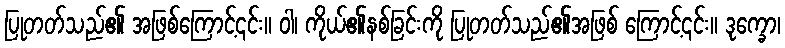
ပြုတတ်သည်၏ အဖြစ်ကြောင့်၎င်း။ ဝါ၊ ကိုယ်၏နစ်ခြင်းကို ပြုတတ်သည်၏အဖြစ် ကြောင့်၎င်း။ ဒုက္ခော၊